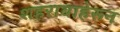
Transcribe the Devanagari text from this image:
शहराबाहेरून